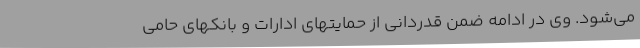
می‌شود. وی در ادامه ضمن قدردانی از حمایتهای ادارات و بانکهای حامی